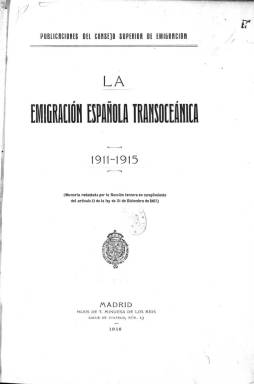
Título: La Emigración española transoceánica
Colección: Economía || Asuntos sociales
Ámbito geográfico: Madrid
Lugar de publicación: Madrid
Fechas: 01/01/1911-31/12/1915

Esta publicación fue editada por el Consejo Superior de Emigración y recoge las salidas de españoles que cruzaban el Atlántico en busca de un mejor futuro. Los países americanos eran los receptores de este volumen de emigración, sobre todo Argentina, una nación poco poblada tras su independencia de España que llegó a ser a finales del siglo XIX y primeros del XX el país con más inmigración del mundo en relación con su número de habitantes.

  La Biblioteca Nacional de España tiene las estadísticas del Consejo Superior de Emigración correspondientes a los años 1911-1915. Esta institución fue creada tras la aprobación de la Ley de Emigración de 1907, primera norma que se aprobaba en nuestro país para regular y mejor conocer los flujos de españoles que se dirigían a América o a Francia, en el caso de la emigración europea.

La citada ley tutelaba a los emigrantes, la mayoría provenientes del ámbito rural, desde un punto de vista paternalista. Los protegía contra las mafias informándoles de los riesgos que conllevaba la emigración, pero los consideraba personas en su mayoría analfabetas y de poca capacidad a las que había que proteger incluso contra su voluntad.

   El volumen estadístico que posee la BNE, impreso en 1916, tiene casi 600 páginas. Despliega un gran número de datos acompañados de cuadros, gráficas y otros elementos que hacen más fácil la lectura. En el primer apartado, las estadísticas reflejan los países de destino de los emigrantes, los puertos de salida, así como los buques, las provincias de procedencia y las circunstancias personales de los emigrantes.

Del examen de estos datos se ve claramente como Argentina es el principal país de destino junto con Cuba y Brasil. Otros países americanos lo son en menor proporción, incluidos los Estados Unidos.

   En los siguientes apartados de esta Memoria se analizan los factores sociales y económicos de la emigración, así como los factores legales, lo que incluye las acciones del Consejo Superior de Emigración para mejorar los servicios de atención.

  En la Red puede consultarse en abierto un artículo publicado en la revista IUSLabor sobre la Ley de Emigración de 1907 como un ejemplo de intervencionismo científico del profesor de Historia del Derecho y las Instituciones de la Universidad Autónoma de Barcelona Josep Cañabate Pérez.

[Descripción publicada el 15/02/2023]